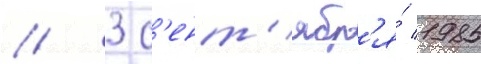
// 3 с'ент'ябр'я́ 1985